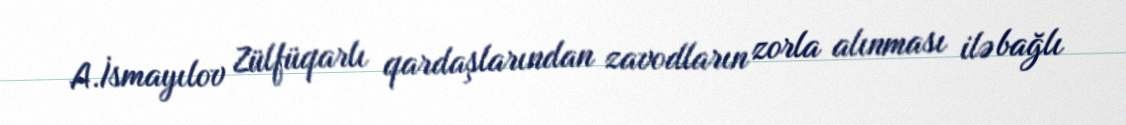
A.İsmayılov Zülfüqarlı qardaşlarından zavodların zorla alınması ilə bağlı